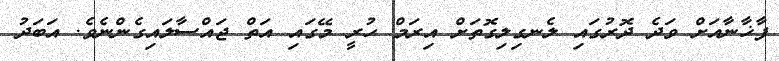
ފާޚާނާއަށް ވަދެ ދޮރުގައި ލެނގިލިގޮތަށް އިރަމް ހުރީ މޭގައި އަތް ޖައްސާލައިގެންނެވެ. އަބަދު